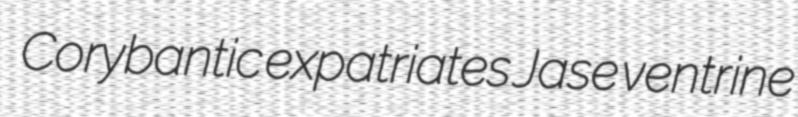
Corybantic expatriates Jase ventrine